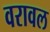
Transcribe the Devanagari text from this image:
वरावल